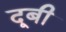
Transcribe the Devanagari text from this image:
दूबी